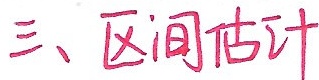
三、区间估计